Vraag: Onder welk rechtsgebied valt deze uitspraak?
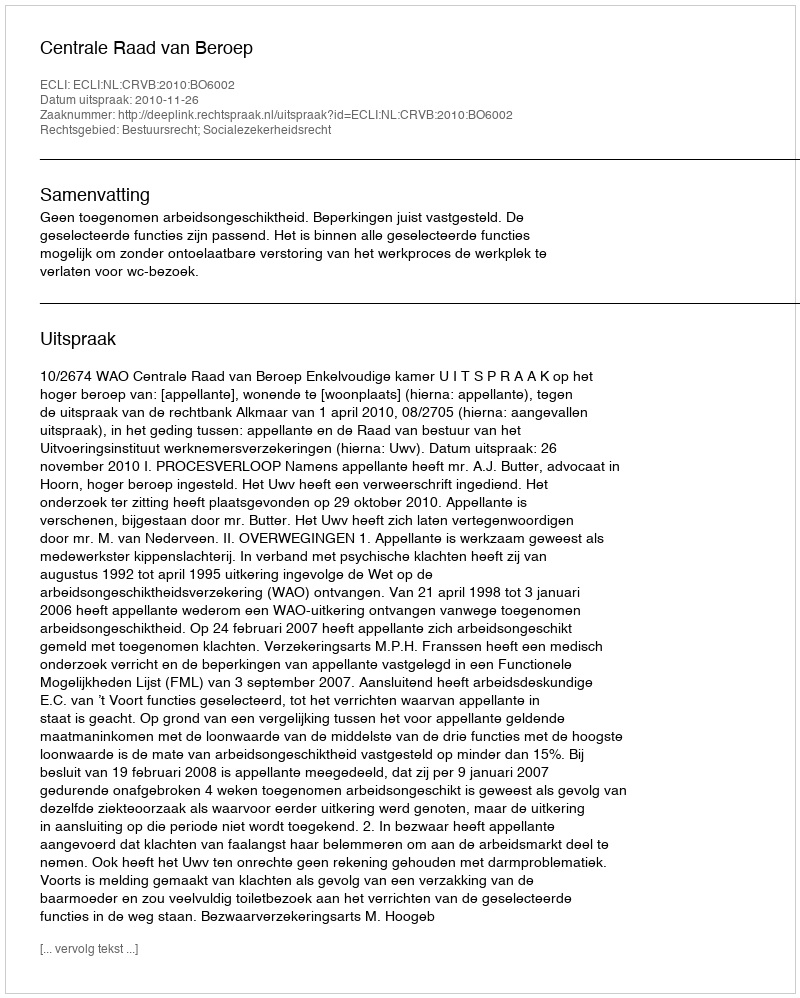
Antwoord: Bestuursrecht; Socialezekerheidsrecht